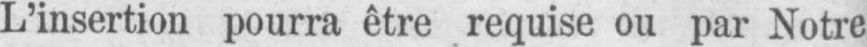
L’insertion pourra être requise ou par Notre